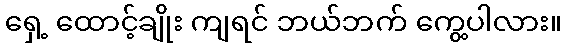
ရှေ့ ထောင့်ချိုး ကျရင် ဘယ်ဘက် ကွေ့ပါလား။